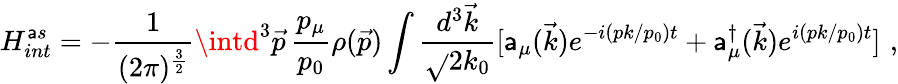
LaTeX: H_{int}^{\mathsf{a}s}=-{\displaystyle\frac{{1}}{{(2\pi)^{\frac{{3}}{{2}}}}}}\intd^{3}\vec{{p}}\, \frac{{p_{\mu}}}{{p_{0}}}\rho(\vec{{p}})\int\frac{{d^{3}\vec{{k}}}}{{\sqrt{}{{2k_{0}}}}}[\mathsf{a}_{\mu}(\vec{{k}})e^{-i(pk/p_{0})t}+\mathsf{a}_{\mu}^{\dagger}(\vec{{k}})e^{i(pk/p_{0})t}]\, \, ,